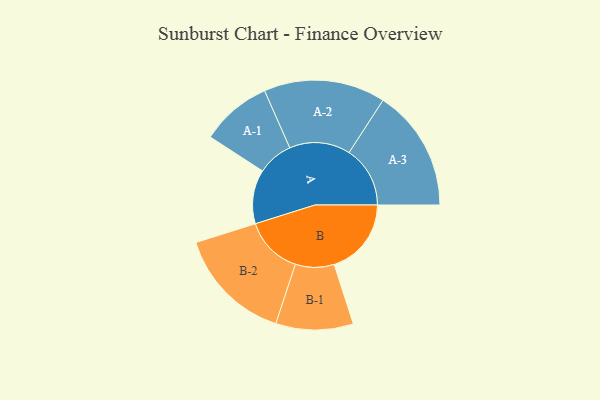
{"axis": {"x": "Segment", "y": "Value"}, "legend": ["", "A", "B"], "data": [{"x": "A", "y": 254, "type": ""}, {"x": "B", "y": 363, "type": ""}, {"x": "A-1", "y": 167, "type": "A"}, {"x": "A-2", "y": 286, "type": "A"}, {"x": "A-3", "y": 287, "type": "A"}, {"x": "B-1", "y": 182, "type": "B"}, {"x": "B-2", "y": 273, "type": "B"}]}